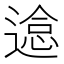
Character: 𰻉